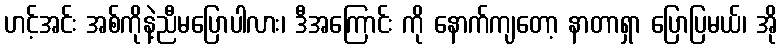
ဟင့်အင်း အစ်ကိုနဲ့ညီမပြောပါလား၊ ဒီအကြောင်း ကို နောက်ကျတော့ နာတာရှာ ပြောပြမယ်၊ အို